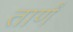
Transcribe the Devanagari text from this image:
तार्णं